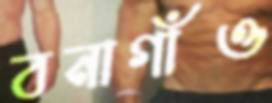
বনাগাঁও